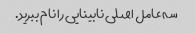
سه عامل اصلی نابینایی را نام ببرید.